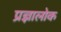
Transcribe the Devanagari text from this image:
प्रज्ञालोक